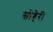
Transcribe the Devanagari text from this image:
स्नोब्बेरी